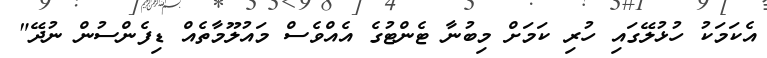
އެކަމަކު ހުޅުލޭގައި ހުރި ކަމަށް މިބުނާ ޓެންޓުގެ އެއްވެސް މައުލޫމާތެއް ޑިފެންސުން ނުދޭ"